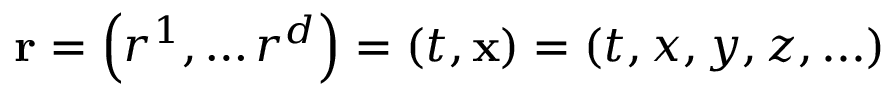
\mathbf { r } = \left( r ^ { 1 } , \ldots r ^ { d } \right) = \left( t , \mathbf { x } \right) = \left( t , x , y , z , . . . \right)